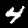
Label: 4